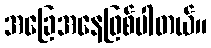
အခြေအနေဖြစ်ပါတယ်။